Indian journal of veterinary science and animal husbandry - Volume 7,
Year: 1937
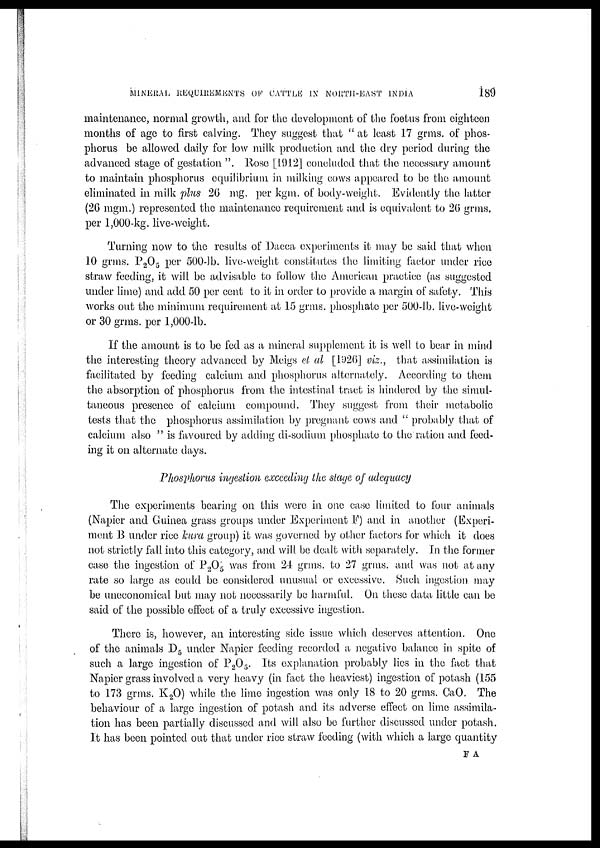
MINERAL REQUIREMENTS OF CATTLE IN NORTH-EAST INDIA
189
maintenance, normal growth, and for the development of the foetus from eighteen
months of age to first calving. They suggest that " at least 17 grms. of phos-
phorus be allowed daily for low milk production and the dry period during the
advanced stage of gestation ". Rose [1912] concluded that the necessary amount
to maintain phosphorus equilibrium in milking cows appeared to be the amount
eliminated in milk plus 20 mg. per kgm. of body-weight. 'Evidently the latter
(26 mgm.) represented the maintenance requirement and is equivalent to 26 grms.
per 1,000-kg. live-weight.
Turning now to the results of Dacca experiments it may be said that when
10 grms. P2O5 per 500-lb. live-weight constitutes the limiting factor under rice
straw feeding, it will be advisable to follow the American practice (as suggested
under lime) and add 50 per cent to it in order to provide a margin of safety. This
works out the minimum requirement at 15 grms. phosphate per 500-lb. live-weight
or 30 grms. per 1,000-lb.
If the amount is to be fed as a mineral supplement it is well to bear in mind
the interesting theory advanced by Meigs et al [1926] viz., that assimilation is
facilitated by feeding calcium and phosphorus alternately. According to them
the absorption of phosphorus from the intestinal tract is hindered by the simul-
taneous presence of calcium compound. They suggest from their metabolic
tests that the phosphorus assimilation by pregnant cows and " probably that of
calcium also " is favoured by adding di-sodium phosphate to the ration and feed-
ing it on alternate days.
Phosphorus ingestion exceeding the stage of adequacy
The experiments bearing on this were in one case limited to four animals
(Napier and Guinea grass groups under Experiment F) and in another (Experi-
ment B under rice kura group) it was governed by other factors for which it does
not strictly fall into this category, and will be dealt with separately. In the former
case the ingestion of P 2 O 5 was from 24 grms. to 27 grms. and was not at any
rate so large as could be considered unusual or excessive. Such ingestion may
be uneconomical but may not necessarily be harmful. On these data little can be
said of the possible effect of a truly excessive ingestion.
There is, however, an interesting side issue which deserves attention. One
of the animals D 5 under Napier feeding recorded a negative balance in spite of
such a large ingestion of P 2 O 5 . Its explanation probably lies in the fact that
Napier grass involved a very heavy (in fact the heaviest) ingestion of potash (155
to 173 grms. K 2 O) while the lime ingestion was only 18 to 20 grms. CaO. The
behaviour of a large ingestion of potash and its adverse effect on lime assimila-
tion has been partially discussed and will also be further discussed under potash.
It has been pointed out that under rice straw feeding (with which a large quantity
F A